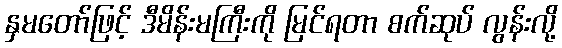
နှမတော်ဖြင့် ဒီမိန်းမကြီးကို မြင်ရတာ စက်ဆုပ် လွန်းလို့